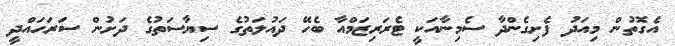
އެގޮތުން މިއަދު ފެށިގެންދާ ސެމިނާއަކީ ޓެރަރިޒަމްއާ ބެހޭ ދައުލަތުގެ ސިޔާސަތުގެ ދަށުން ސަރަހައްދީ